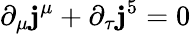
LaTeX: \partial_{\mu}\mathbf{j}^{\mu}+\partial_{\tau}\mathbf{j}^{5}=0